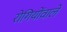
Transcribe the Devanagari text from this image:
रोगियोंवाले